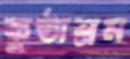
কুষ্ঠাশ্রম